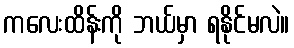
ကလေးထိန်းကို ဘယ်မှာ ရနိုင်မလဲ။